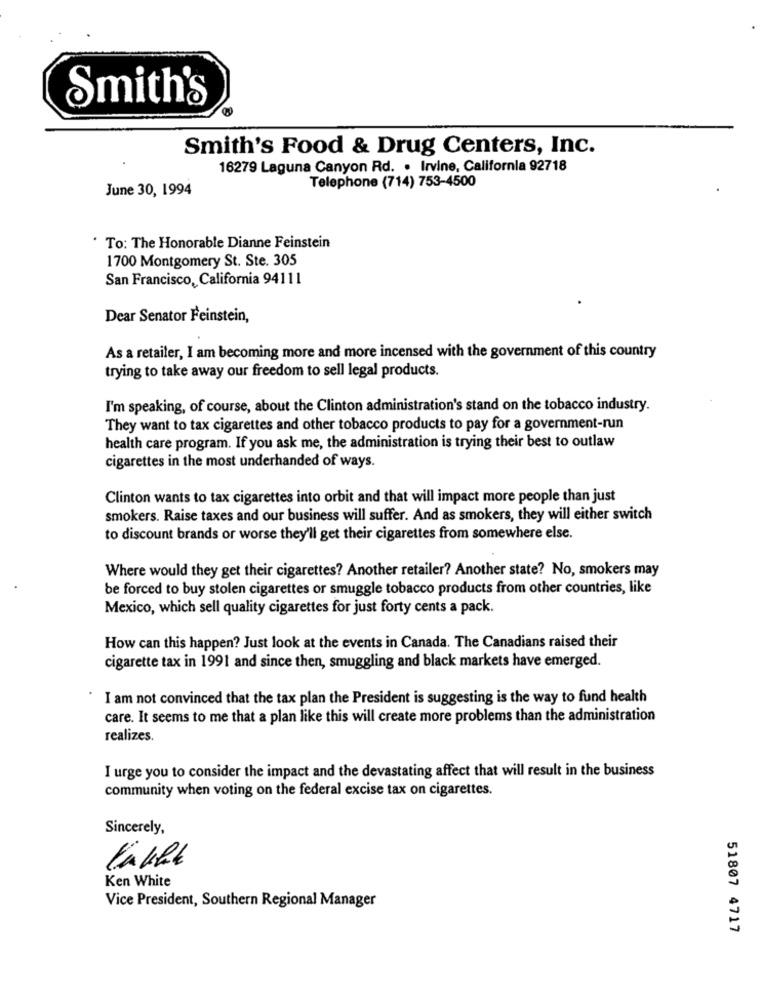
Smith's
Smith's Food & Drug Centers, Inc.
16279 Laguna Canyon Rd. . Irvine, California 92718
June 30, 1994
Telephone (714) 753-4500
To: The Honorable Dianne Feinstein
1700 Montgomery St. Ste. 305
San Francisco, California 94111
Dear Senator Feinstein,
As a retailer, I am becoming more and more incensed with the government of this country
trying to take away our freedom to sell legal products.
I'm speaking, of course, about the Clinton administration's stand on the tobacco industry.
They want to tax cigarettes and other tobacco products to pay for a government-run
health care program. If you ask me, the administration is trying their best to outlaw
cigarettes in the most underhanded of ways.
Clinton wants to tax cigarettes into orbit and that will impact more people than just
smokers. Raise taxes and our business will suffer. And as smokers, they will either switch
to discount brands or worse they'll get their cigarettes from somewhere else.
Where would they get their cigarettes? Another retailer? Another state? No, smokers may
be forced to buy stolen cigarettes or smuggle tobacco products from other countries, like
Mexico, which sell quality cigarettes for just forty cents a pack.
How can this happen? Just look at the events in Canada. The Canadians raised their
cigarette tax in 1991 and since then, smuggling and black markets have emerged.
I am not convinced that the tax plan the President is suggesting is the way to fund health
care. It seems to me that a plan like this will create more problems than the administration
realizes
I urge you to consider the impact and the devastating affect that will result in the business
community when voting on the federal excise tax on cigarettes.
Sincerely,
Ken White
Vice President, Southern Regional Manager
51807 4717